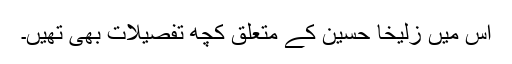
اس میں زُلیخا حُسین کے متعلق کچھ تفصیلات بھی تھیں۔